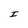
Character: I